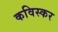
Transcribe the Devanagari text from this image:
कविस्कर